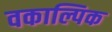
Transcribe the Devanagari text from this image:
वकाल्पिक